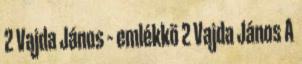
2 Vajda János – emlékkö 2 Vajda János A